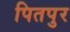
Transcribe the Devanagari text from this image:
पितपुर